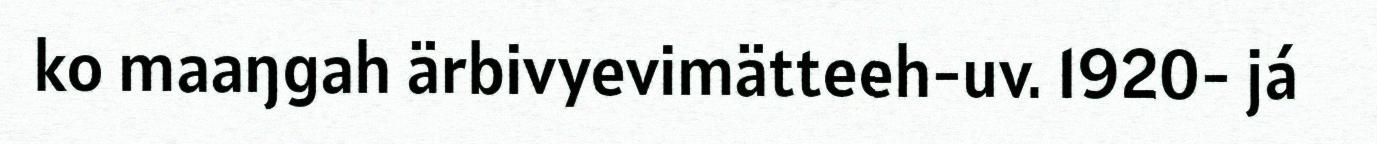
ko maaŋgah ärbivyevimätteeh-uv. 1920- já